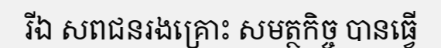
រីឯ សពជនរងគ្រោះ សមត្ថកិច្ច បានធ្វើ